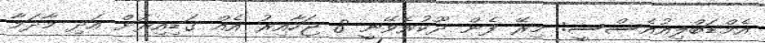
އެމްޑަބްލިއުއެސްސީ: މިރޭ ފެން ދޫކުރެވޭނީ 8 ޖަހާއިރު އެއް ގަޑިއިރަށް އަދި މާދަމާ